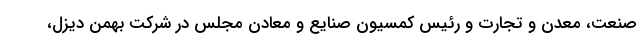
صنعت، معدن و تجارت و رئیس کمسیون صنایع و معادن مجلس در شرکت بهمن دیزل،